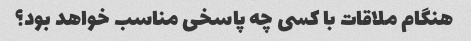
هنگام ملاقات با کسی چه پاسخی مناسب خواهد بود؟